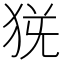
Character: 𤞄